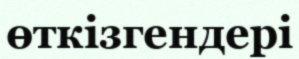
өткізгендері